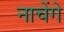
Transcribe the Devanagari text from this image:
नाचेंगे